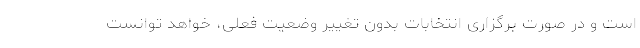
است و در صورت برگزاری انتخابات بدون تغییر وضعیت فعلی، خواهد توانست